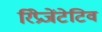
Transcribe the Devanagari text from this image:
रिप्रेजेंटेटिव